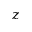
z